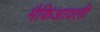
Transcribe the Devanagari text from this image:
मैकिआवली